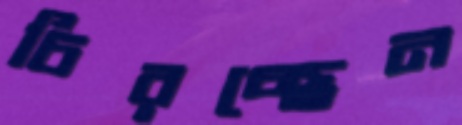
চিরচ্ছেন